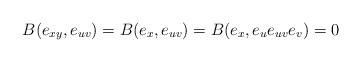
LaTeX: \begin{align*}B(e_{xy},e_{uv})=B(e_x,e_{uv})=B(e_x,e_ue_{uv}e_v)=0\end{align*}